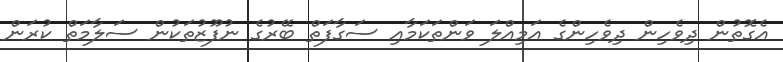
އެގޮތުން ދިވެހިން ދިވެހިންގެ އަމިއްލަ ވަންތަކަމާއި ސަގާފަތް ބޭރުގެ ނުފޫޒުތަކުން ސަލާމަތް ކުރަން